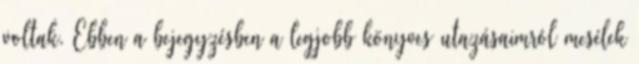
voltak. Ebben a bejegyzésben a legjobb könyves utazásaimról mesélek